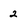
Character: 2